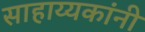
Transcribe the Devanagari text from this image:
साहाय्यकांनी